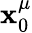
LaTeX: \mathbf{x}_{0}^{\mu}